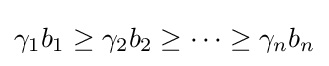
\gamma _{1}b_{1}\geq \gamma _{2}b_{2}\geq \dots \geq \gamma _{n}b_{n}